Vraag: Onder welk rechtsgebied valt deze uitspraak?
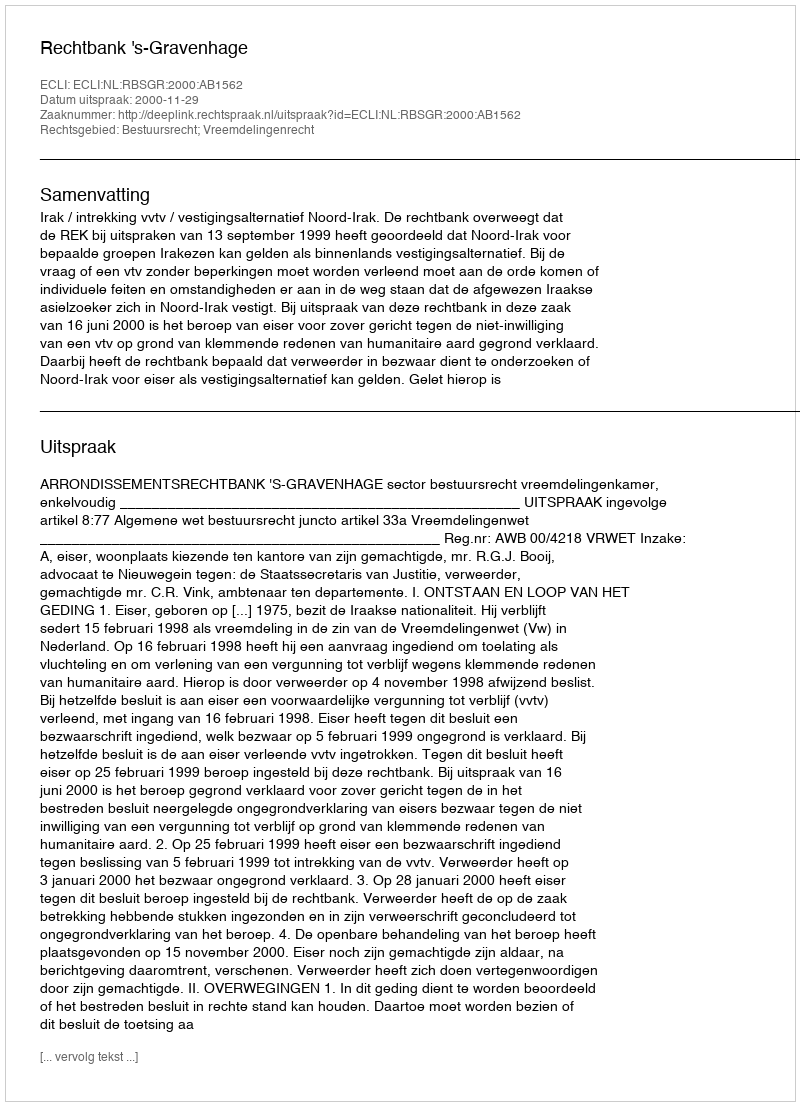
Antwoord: Bestuursrecht; Vreemdelingenrecht